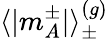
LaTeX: \langle|m_{A}^{\pm}|\rangle_{\pm}^{(g)}